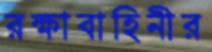
রক্ষাবাহিনীর